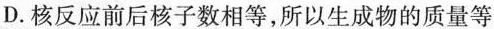
D.核反应前后核子数相等，所以生成物的质量等